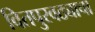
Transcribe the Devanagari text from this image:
वितपुरवठ्याचा